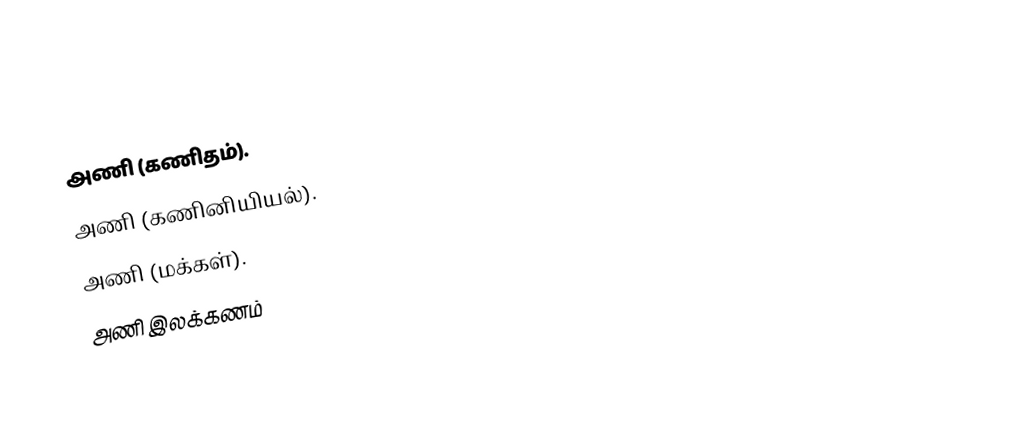
அணி (கணிதம்).
 அணி (கணினியியல்).
 அணி (மக்கள்).
 அணி இலக்கணம்